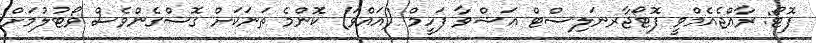
ފޮޓޯ: ރާއްޖެއެމްވީ ފޮޓޯޖާރނަލިސްޓް އަޝްވާ ފަހީމް (އައްވަ) ކޮންމެ ތަނަކަށް ގޮސްގެންވެސް ވޯޓުލުމަށް